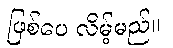
ဖြစ်ပေ လိမ့်မည်။